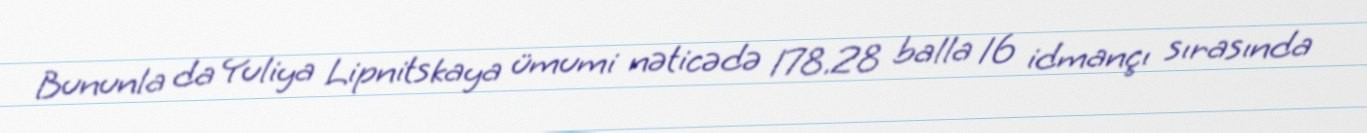
Bununla da Yuliya Lipnitskaya ümumi nəticədə 178.28 balla 16 idmançı sırasında